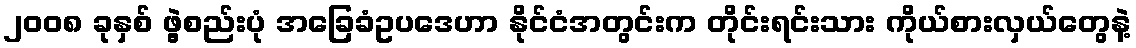
၂၀၀၈ ခုနှစ် ဖွဲ့စည်းပုံ အခြေခံဥပဒေဟာ နိုင်ငံအတွင်းက တိုင်းရင်းသား ကိုယ်စားလှယ်တွေနဲ့